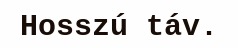
Hosszú táv.